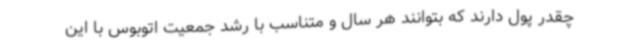
چقدر پول دارند که بتوانند هر سال و متناسب با رشد جمعیت اتوبوس با این